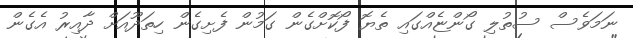
ނަމަވެސް ސުތުލި ގޯންޏެއްގައި ތެޔޮ ފޯކޮށްގެން ގަމުން ފެށިގެން ހިތަދޫއަށް ދާއިރު އެގެން